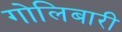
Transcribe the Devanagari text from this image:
गोलिबारी